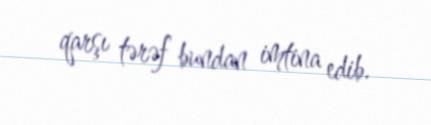
qarşı tərəf bundan imtina edib.